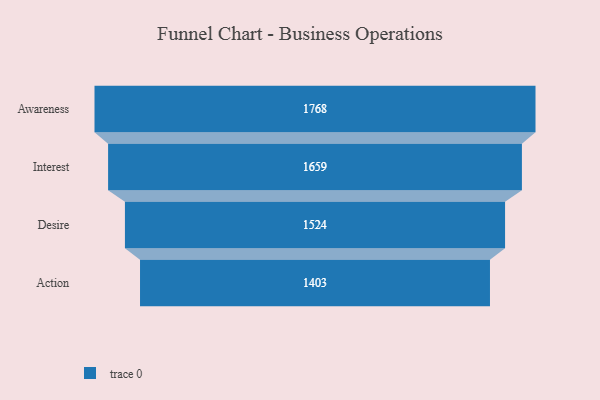
{"axis": {"x": "Stage", "y": "Value"}, "legend": [""], "data": [{"x": "Awareness", "y": 1768.0, "type": ""}, {"x": "Interest", "y": 1659.0, "type": ""}, {"x": "Desire", "y": 1524.0, "type": ""}, {"x": "Action", "y": 1403.0, "type": ""}]}